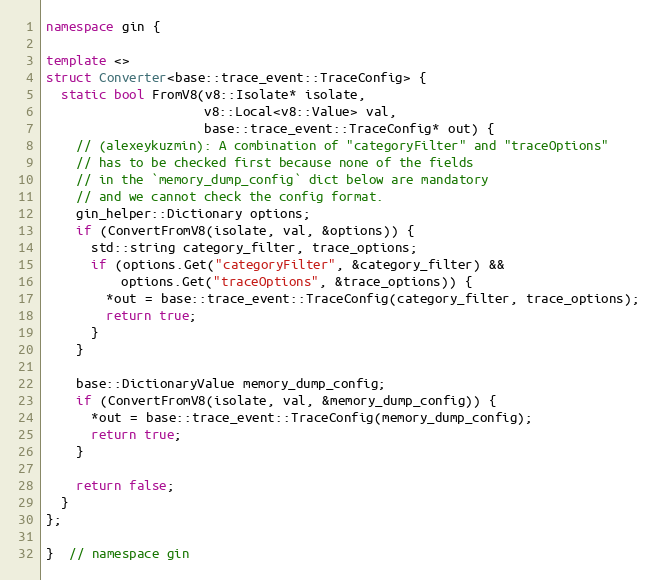
Language: C++
namespace gin {

template <>
struct Converter<base::trace_event::TraceConfig> {
  static bool FromV8(v8::Isolate* isolate,
                     v8::Local<v8::Value> val,
                     base::trace_event::TraceConfig* out) {
    // (alexeykuzmin): A combination of "categoryFilter" and "traceOptions"
    // has to be checked first because none of the fields
    // in the `memory_dump_config` dict below are mandatory
    // and we cannot check the config format.
    gin_helper::Dictionary options;
    if (ConvertFromV8(isolate, val, &options)) {
      std::string category_filter, trace_options;
      if (options.Get("categoryFilter", &category_filter) &&
          options.Get("traceOptions", &trace_options)) {
        *out = base::trace_event::TraceConfig(category_filter, trace_options);
        return true;
      }
    }

    base::DictionaryValue memory_dump_config;
    if (ConvertFromV8(isolate, val, &memory_dump_config)) {
      *out = base::trace_event::TraceConfig(memory_dump_config);
      return true;
    }

    return false;
  }
};

}  // namespace gin